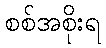
စစ်အစိုးရ